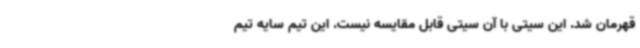
قهرمان شد. این سیتی با آن سیتی قابل مقایسه نیست. این تیم سایه تیم